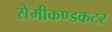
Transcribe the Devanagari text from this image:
सेमीकण्डकटर